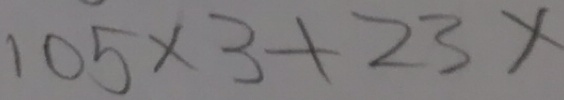
1 0 5 \times 3 + 2 3 x